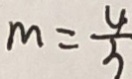
m = \frac { 4 } { 3 }